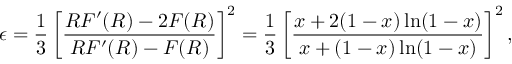
\epsilon = \frac { 1 } { 3 } \left[ \frac { R F ^ { \prime } ( R ) - 2 F ( R ) } { R F ^ { \prime } ( R ) - F ( R ) } \right] ^ { 2 } = \frac { 1 } { 3 } \left[ \frac { x + 2 ( 1 - x ) \ln ( 1 - x ) } { x + ( 1 - x ) \ln ( 1 - x ) } \right] ^ { 2 } ,